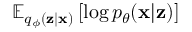
\mathbb { E } _ { q _ { \phi } ( \mathbf { z } | \mathbf { x } ) } \left[ \log p _ { \theta } ( \mathbf { x } | \mathbf { z } ) \right]